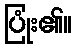
ပြုံး၏။